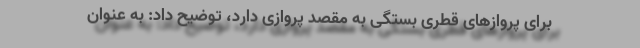
برای پروازهای قطری بستگی به مقصد پروازی دارد، توضیح داد: به عنوان